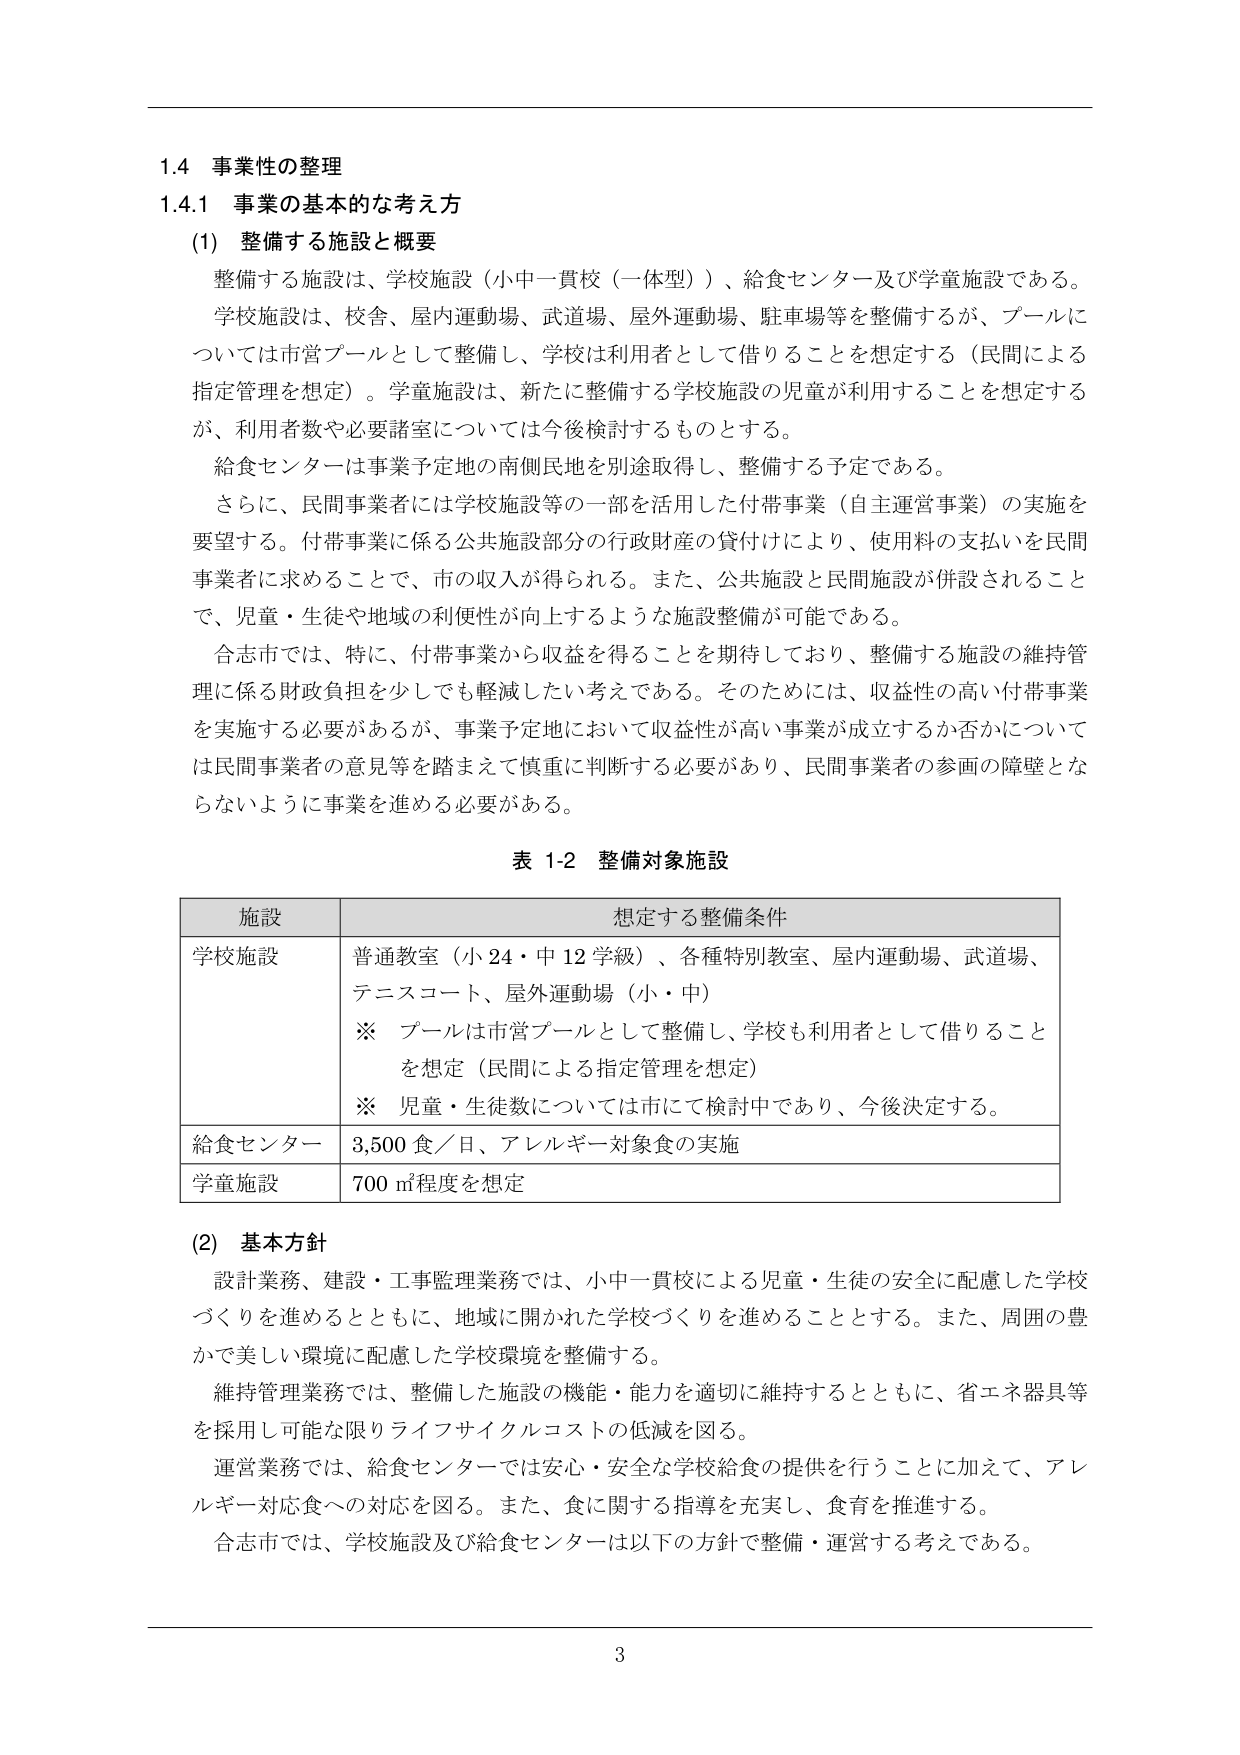
1.4 事業性の整理
1.4.1 事業の基本的な考え方
(1) 整備する施設と概要
整備する施設は、学校施設（小中一貫校（一体型））、給食センター及び学童施設である。
学校施設は、校舎、屋内運動場、武道場、屋外運動場、駐車場等を整備するが、プールについては市営プールとして整備し、学校は利用者として借りることを想定する（民間による指定管理を想定）。学童施設は、新たに整備する学校施設の児童が利用することを想定するが、利用者数や必要諸室については今後検討するものとする。
給食センターは事業予定地の南側民地を別途取得し、整備する予定である。
さらに、民間事業者には学校施設等の一部を活用した付帯事業（自主運営事業）の実施を要望する。付帯事業に係る公共施設部分の行政財産の貸付により、使用料の支払いを民間事業者に求めることで、市の収入が得られる。また、公共施設と民間施設が併設されることで、児童・生徒や地域の利便性が向上するような施設整備が可能である。
合志市では、特に、付帯事業から収益を得ることを期待しており、整備する施設の維持管理に係る財政負担を少しでも軽減したい考えである。そのためには、収益性の高い付帯事業を実施する必要があるが、事業予定地において収益性が高い事業が成立するか否かについては民間事業者の意見等を踏まえて慎重に判断する必要があり、民間事業者の参画の障壁とならないように事業を進める必要がある。

表 1-2 整備対象施設

| 施設 | 想定する整備条件 |
|------|------------------|
| 学校施設 | 普通教室（小24・中12学級）、各種特別教室、屋内運動場、武道場、テニスコート、屋外運動場（小・中）<br>※ プールは市営プールとして整備し、学校も利用者として借りることを想定（民間による指定管理を想定）<br>※ 児童・生徒数については市にて検討中であり、今後決定する。 |
| 給食センター | 3,500食／日、アレルギー対象食の実施 |
| 学童施設 | 700 m²程度を想定 |

(2) 基本方針
設計業務、建設・工事監理業務では、小中一貫校による児童・生徒の安全に配慮した学校づくりを進めるとともに、地域に開かれた学校づくりを進めることとする。また、周囲の豊かで美しい環境に配慮した学校環境を整備する。
維持管理業務では、整備した施設の機能・能力を適切に維持するとともに、省エネ器具等を採用し可能な限りライフサイクルコストの低減を図る。
運営業務では、給食センターでは安心・安全な学校給食の提供を行うことに加えて、アレルギー対応食への対応を図る。また、食に関する指導を充実し、食育を推進する。
合志市では、学校施設及び給食センターは以下の方針で整備・運営する考えである。

3